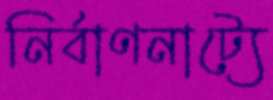
নির্বাণনাট্যে